system: You are a helpful assistant.
user:
Analyze the provided spectrum to determine if it is a **S-type Star**.

- **Key Indicators for S-type Star:**

    - **(Overall Spectrum Shape):** The first and most obvious characteristic is the overall continuum (the "baseline" shape). It is **extremely "red-sloping,"** meaning the flux (light intensity) is very low on the left side (blue, ~4000-4500 Å) and rises steeply and continuously toward the right side (red, ~7000 Å+).

    - **(Primary):** The spectrum is defined by the presence of strong, broad molecular absorption "valleys" (bands) from **Zirconium Oxide (ZrO)**. The identification of these bands is the **primary requirement** for classifying a star as S-type.
        - **(Key Bandheads):** You must find distinct, deep "dips" where the light has been absorbed. The most critical band systems to locate are:
            - **~6474 Å** ($\gamma$-system): This is often the strongest and clearest ZrO feature, found in the red part of the spectrum.
            - **~5718 Å** & **~5551 Å** ($\beta$-system): A pair of prominent absorption features in the yellow-orange part of the spectrum.
            - **~4640 Å** ($\alpha$-system): A key absorption band system in the blue-green region of the spectrum.

    - **(Secondary Confirmation):** The classification is strengthened by finding additional absorption bands from other related heavy element oxides, which are expected to be present alongside ZrO.
        - **(Key Bandheads):**
            - **Yttrium Oxide (YO):** Look for absorption dips near **~4800 Å** and **~6100 Å**.
            - **Lanthanum Oxide (LaO):** Additional absorption features, particularly in the red-orange part of the spectrum, are also characteristic.

    - **(Line Profile):** The combination of the steep red continuum and these numerous, deep molecular bands (ZrO, YO, etc.) gives the entire spectrum a very **"chopped-up"** or **"bumpy"** appearance. Instead of a smooth curve, the spectrum looks as though large, wide chunks of light have been "carved out" of it at the specific wavelengths listed above.

Think first, call **spectral_visualization_tool** if needed to examine features in detail, then provide your final answer. Your response must adhere to the following strict rules:
1.  **Overall Structure:** Your response must follow the format `<think>...</think> <tool_call>...</tool_call> (if a tool is used) <answer>...</answer>`.
2.  **Tool Usage Constraint:** You may only make **one** tool call per turn.
3.  **Final Answer Format:** In the `<answer>` tag, your conclusion must be inside a `\boxed{}` command (e.g., `\boxed{YES}` or `\boxed{NO}`), followed by your justification.

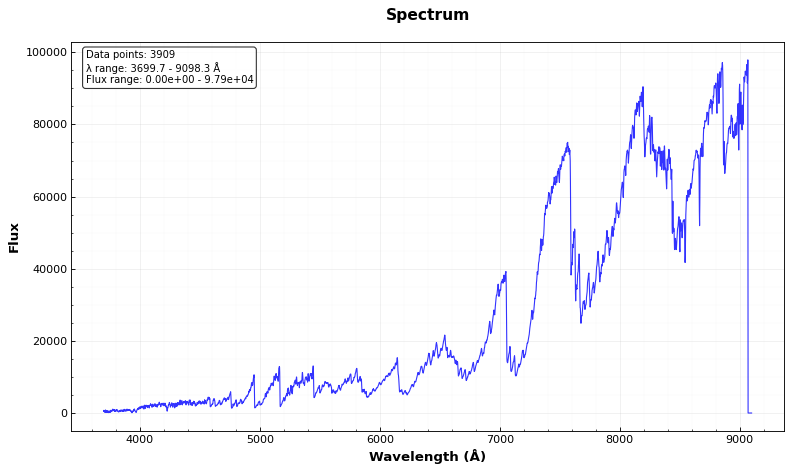
Answer: YES